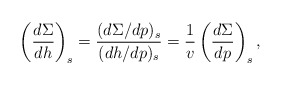
\begin{align*} \left(\frac{d\Sigma}{dh}\right)_s=\frac{(d\Sigma/dp)_s}{(dh/dp)_s}=\frac{1}{v}\left(\frac{d\Sigma}{dp}\right)_s,\end{align*}